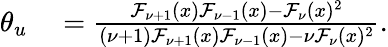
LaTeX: \begin{array}{rl}{\theta_{u}}&{{}=\frac{\mathcal{F}_{\nu+1}(x)\mathcal{F}_{\nu-1}(x)-\mathcal{F}_{\nu}(x)^{2}}{(\nu+1)\mathcal{F}_{\nu+1}(x)\mathcal{F}_{\nu-1}(x)-\nu\mathcal{F}_{\nu}(x)^{2}}.}\end{array}